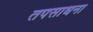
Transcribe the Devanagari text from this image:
तपसाधना